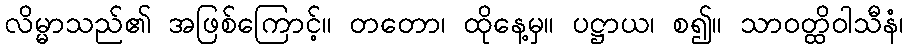
လိမ္မာသည်၏ အဖြစ်ကြောင့်။ တတော၊ ထိုနေ့မှ။ ပဋ္ဌာယ၊ စ၍။ သာဝတ္ထိဝါသီနံ၊